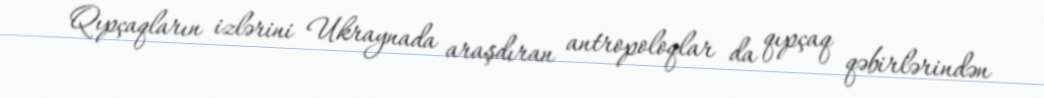
Qıpçaqların izlərini Ukraynada araşdıran antropoloqlar da qıpçaq qəbirlərindən